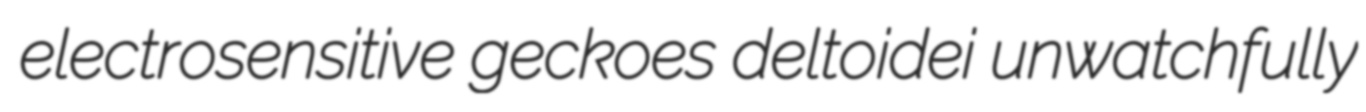
electrosensitive geckoes deltoidei unwatchfully